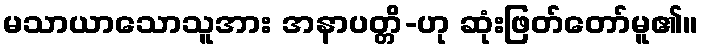
မသာယာသောသူအား အနာပတ္တိ-ဟု ဆုံးဖြတ်တော်မူ၏။